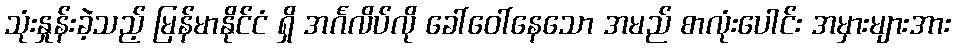
သုံးနှုန်းခဲ့သည့် မြန်မာနိုင်ငံ ရှိ အင်္ဂလိပ်လို ခေါ်ဝေါ်နေသော အမည် စာလုံးပေါင်း အမှားများအား